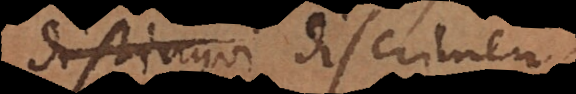
distingui discrimen